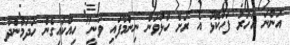
އަންނަ އަހަރު ފަހުކޮޅު އެ ރަށް ހުޅުވަން ނިންމާފައި ވަނީ" ހިއްކައިގެން ހަދަމުންދާ